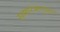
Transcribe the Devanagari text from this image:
समारंभानुसार